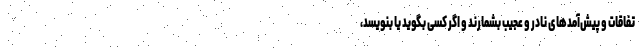
تفاقات و پیش‌آمدهای نادر و عجیب بشمارند و اگر کسی بگوید یا بنویسد،